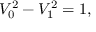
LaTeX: V _ { 0 } ^ { 2 } - V _ { 1 } ^ { 2 } = 1 ,